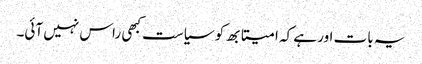
یہ بات اور ہے کہ امیتابھ کو سیاست کبھی راس نہیں آئی۔